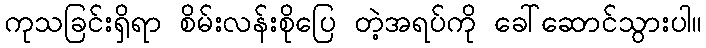
ကုသခြင်းရှိရာ စိမ်းလန်းစိုပြေ တဲ့အရပ်ကို ခေါ်ဆောင်သွားပါ။